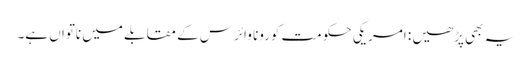
یہ بھی پڑھیں : امریکی حکومت کورونا وائرس کے مقابلے میں ناتواں ہے۔